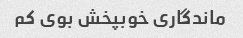
ماندگاری خوبپخش بوی کم